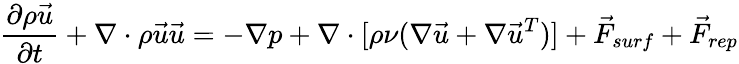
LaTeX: \frac{\partial\rho\vec{u}}{\partial t}+\nabla\cdot{\rho\vec{u}\vec{u}}=-\nabla p+\nabla\cdot[\rho\nu(\nabla\vec{u}+\nabla\vec{u}^{T})]+\vec{F}_{surf}+\vec{F}_{rep}